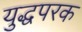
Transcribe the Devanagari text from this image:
युद्धपरक